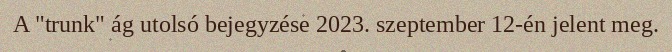
A "trunk" ág utolsó bejegyzése 2023. szeptember 12-én jelent meg.